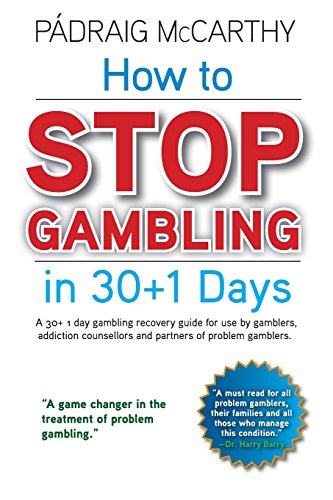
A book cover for How to stop gambling in 30+1 days.: A 30+ 1 day gambling recovery guide for use by gamblers, addiction counsellors and partners of problem gamblers.; PÃ¡draig McCarthy; Health, Fitness & Dieting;